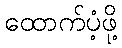
ထောက်ပံ့ဖို့